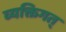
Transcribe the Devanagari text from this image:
व्यक्तिगत्